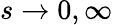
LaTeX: s\to 0,\infty